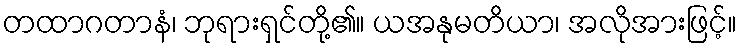
တထာဂတာနံ၊ ဘုရားရှင်တို့၏။ ယအနုမတိယာ၊ အလိုအားဖြင့်။